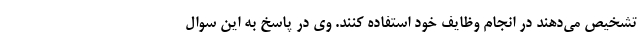
تشخیص می‌دهند در انجام وظایف خود استفاده کنند. وی در پاسخ به این سوال